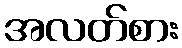
အလတ်စား